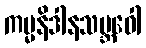
ကမ္မနိဒါနသမ္ဘဝေါ